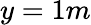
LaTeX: y=1m